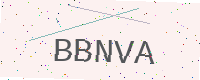
Text: BBNVA